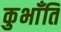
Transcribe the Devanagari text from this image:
कुभाँति